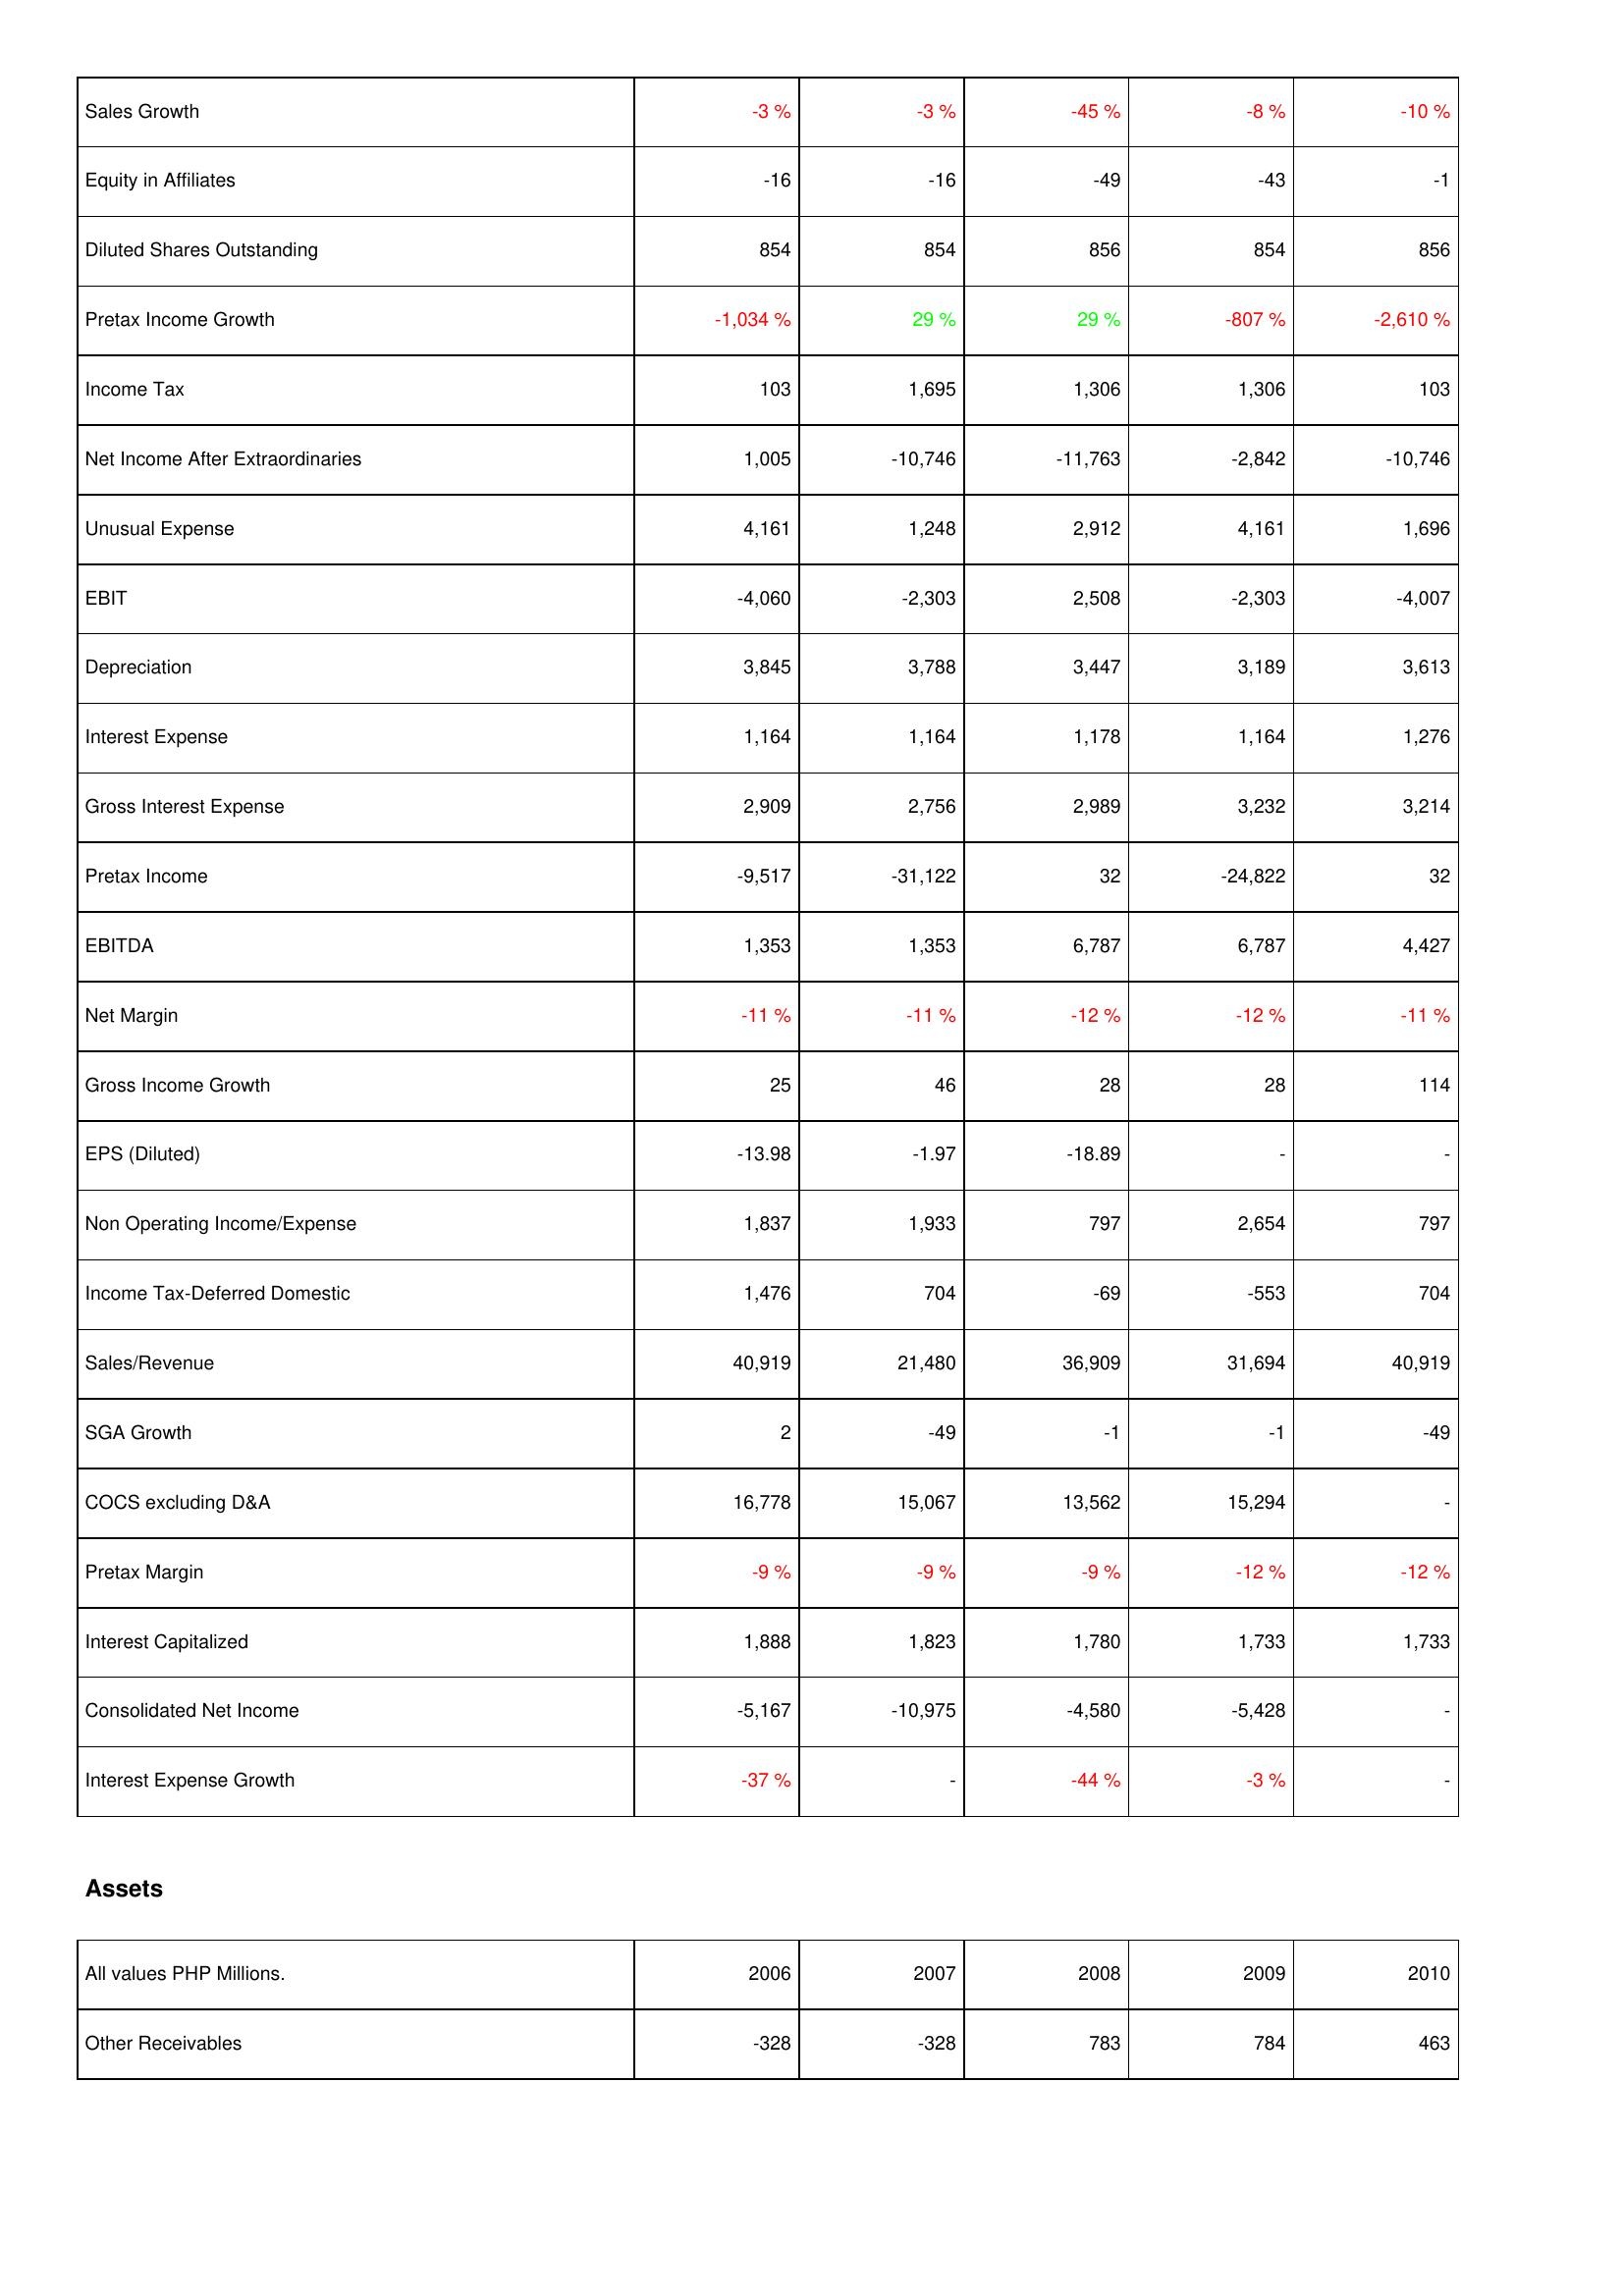
2006: Income Statement: Sales Growth: -3 %
Equity in Affiliates: -16
Diluted Shares Outstanding: 854
Pretax Income Growth: -1,034 %
Income Tax: 103
Net Income After Extraordinaries: 1,005
Unusual Expense: 4,161
EBIT: -4,060
Depreciation: 3,845
Interest Expense: 1,164
Gross Interest Expense: 2,909
Pretax Income: -9,517
EBITDA: 1,353
Net Margin: -11 %
Gross Income Growth: 25
EPS (Diluted): -13.98
Non Operating Income/Expense: 1,837
Income Tax-Deferred Domestic: 1,476
Sales/Revenue: 40,919
SGA Growth: 2
COCS excluding D&A: 16,778
Pretax Margin: -9 %
Interest Capitalized: 1,888
Consolidated Net Income: -5,167
Interest Expense Growth: -37 %
Assets: Other Receivables: -328
2007: Income Statement: Sales Growth: -3 %
Equity in Affiliates: -16
Diluted Shares Outstanding: 854
Pretax Income Growth: 29 %
Income Tax: 1,695
Net Income After Extraordinaries: -10,746
Unusual Expense: 1,248
EBIT: -2,303
Depreciation: 3,788
Interest Expense: 1,164
Gross Interest Expense: 2,756
Pretax Income: -31,122
EBITDA: 1,353
Net Margin: -11 %
Gross Income Growth: 46
EPS (Diluted): -1.97
Non Operating Income/Expense: 1,933
Income Tax-Deferred Domestic: 704
Sales/Revenue: 21,480
SGA Growth: -49
COCS excluding D&A: 15,067
Pretax Margin: -9 %
Interest Capitalized: 1,823
Consolidated Net Income: -10,975
Interest Expense Growth: -
Assets: Other Receivables: -328
2008: Income Statement: Sales Growth: -45 %
Equity in Affiliates: -49
Diluted Shares Outstanding: 856
Pretax Income Growth: 29 %
Income Tax: 1,306
Net Income After Extraordinaries: -11,763
Unusual Expense: 2,912
EBIT: 2,508
Depreciation: 3,447
Interest Expense: 1,178
Gross Interest Expense: 2,989
Pretax Income: 32
EBITDA: 6,787
Net Margin: -12 %
Gross Income Growth: 28
EPS (Diluted): -18.89
Non Operating Income/Expense: 797
Income Tax-Deferred Domestic: -69
Sales/Revenue: 36,909
SGA Growth: -1
COCS excluding D&A: 13,562
Pretax Margin: -9 %
Interest Capitalized: 1,780
Consolidated Net Income: -4,580
Interest Expense Growth: -44 %
Assets: Other Receivables: 783
2009: Income Statement: Sales Growth: -8 %
Equity in Affiliates: -43
Diluted Shares Outstanding: 854
Pretax Income Growth: -807 %
Income Tax: 1,306
Net Income After Extraordinaries: -2,842
Unusual Expense: 4,161
EBIT: -2,303
Depreciation: 3,189
Interest Expense: 1,164
Gross Interest Expense: 3,232
Pretax Income: -24,822
EBITDA: 6,787
Net Margin: -12 %
Gross Income Growth: 28
EPS (Diluted): -
Non Operating Income/Expense: 2,654
Income Tax-Deferred Domestic: -553
Sales/Revenue: 31,694
SGA Growth: -1
COCS excluding D&A: 15,294
Pretax Margin: -12 %
Interest Capitalized: 1,733
Consolidated Net Income: -5,428
Interest Expense Growth: -3 %
Assets: Other Receivables: 784
2010: Income Statement: Sales Growth: -10 %
Equity in Affiliates: -1
Diluted Shares Outstanding: 856
Pretax Income Growth: -2,610 %
Income Tax: 103
Net Income After Extraordinaries: -10,746
Unusual Expense: 1,696
EBIT: -4,007
Depreciation: 3,613
Interest Expense: 1,276
Gross Interest Expense: 3,214
Pretax Income: 32
EBITDA: 4,427
Net Margin: -11 %
Gross Income Growth: 114
EPS (Diluted): -
Non Operating Income/Expense: 797
Income Tax-Deferred Domestic: 704
Sales/Revenue: 40,919
SGA Growth: -49
COCS excluding D&A: -
Pretax Margin: -12 %
Interest Capitalized: 1,733
Consolidated Net Income: -
Interest Expense Growth: -
Assets: Other Receivables: 463